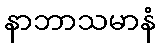
နာဘာသမာနံ